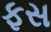
ફસ